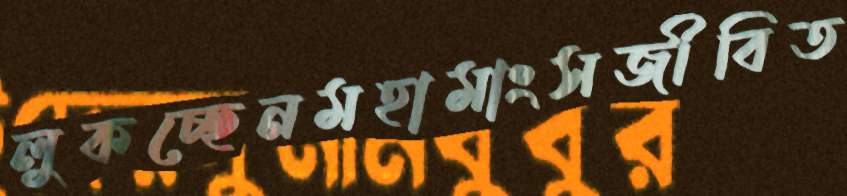
লুকচ্ছেনমহামাংসজীবিত